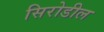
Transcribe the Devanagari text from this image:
सिरोडील